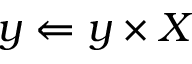
y \Leftarrow y \times X